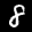
Label: 8